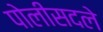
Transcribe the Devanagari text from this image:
पोलीसदले